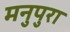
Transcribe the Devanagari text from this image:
मनुपुरा